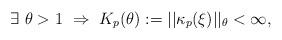
LaTeX: \begin{align*} \exists \ \theta > 1 \ \Rightarrow \ K_p(\theta) := ||\kappa_p(\xi)||_{\theta} < \infty,\end{align*}